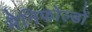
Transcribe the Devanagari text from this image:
मैनिफोल्डों